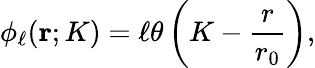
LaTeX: \phi_{\ell}({\mathbf r};K)=\ell\theta\left(K-\frac{r}{r_{0}}\right),